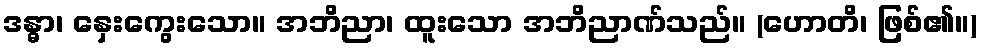
ဒန္ဓာ၊ နှေးကွေးသော။ အဘိညာ၊ ထူးသော အဘိညာဏ်သည်။ (ဟောတိ၊ ဖြစ်၏။)